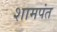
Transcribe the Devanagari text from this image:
शामपंत